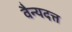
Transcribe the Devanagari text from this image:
वैन्यदत्त